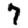
Digit: 7